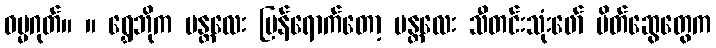
ဓမ္မဂုတ်။ ။ ရွှေဘိုက မန္တလေး ပြန်ရောက်တော့ မန္တလေး သီတင်းသုံးဖော် မိတ်ဆွေတွေက